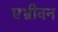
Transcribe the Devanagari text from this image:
एभ्रीवन